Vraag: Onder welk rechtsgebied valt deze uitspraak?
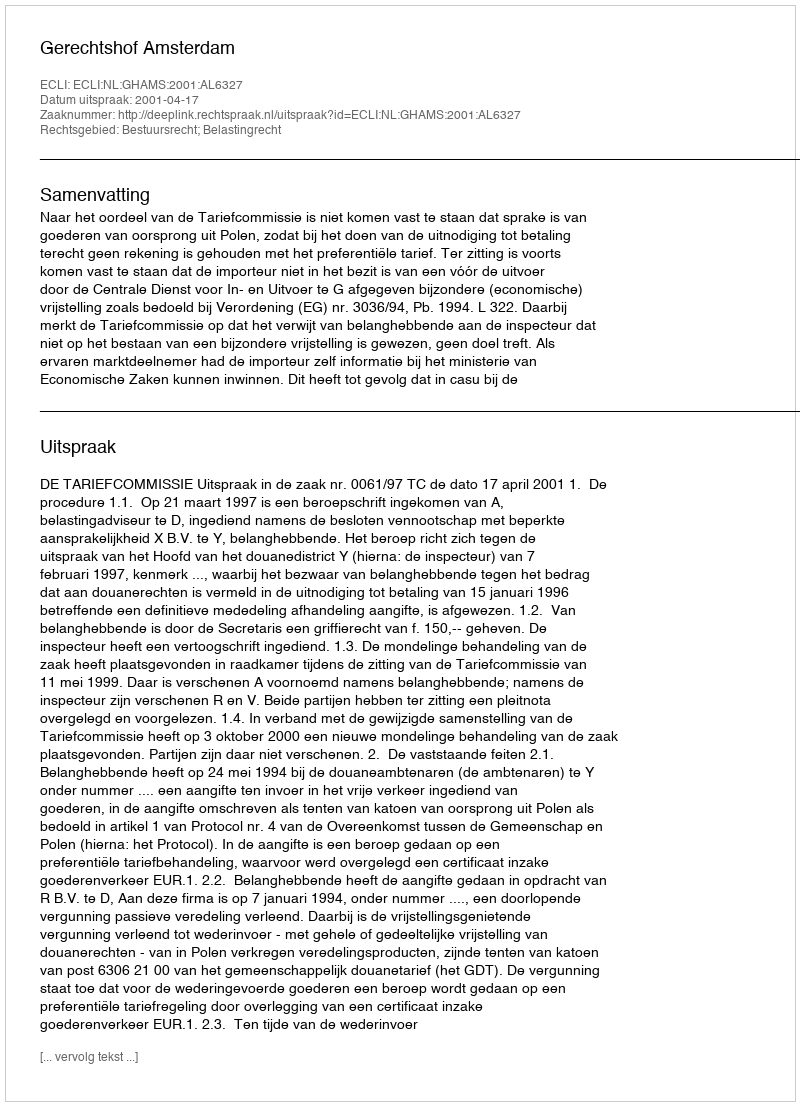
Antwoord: Bestuursrecht; Belastingrecht